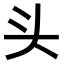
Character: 头